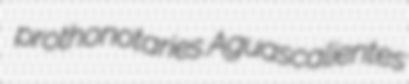
prothonotaries Aguascalientes